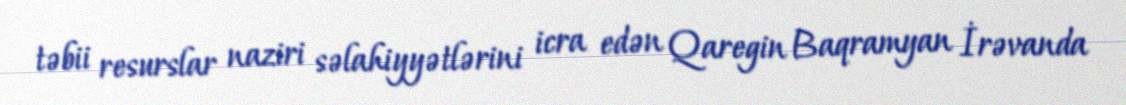
təbii resurslar naziri səlahiyyətlərini icra edən Qaregin Baqramyan İrəvanda